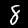
Digit: 8